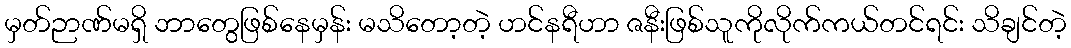
မှတ်ဉာဏ်မရှိ ဘာတွေဖြစ်နေမှန်း မသိတော့တဲ့ ဟင်နရီဟာ ဇနီးဖြစ်သူကိုလိုက်ကယ်တင်ရင်း သိချင်တဲ့